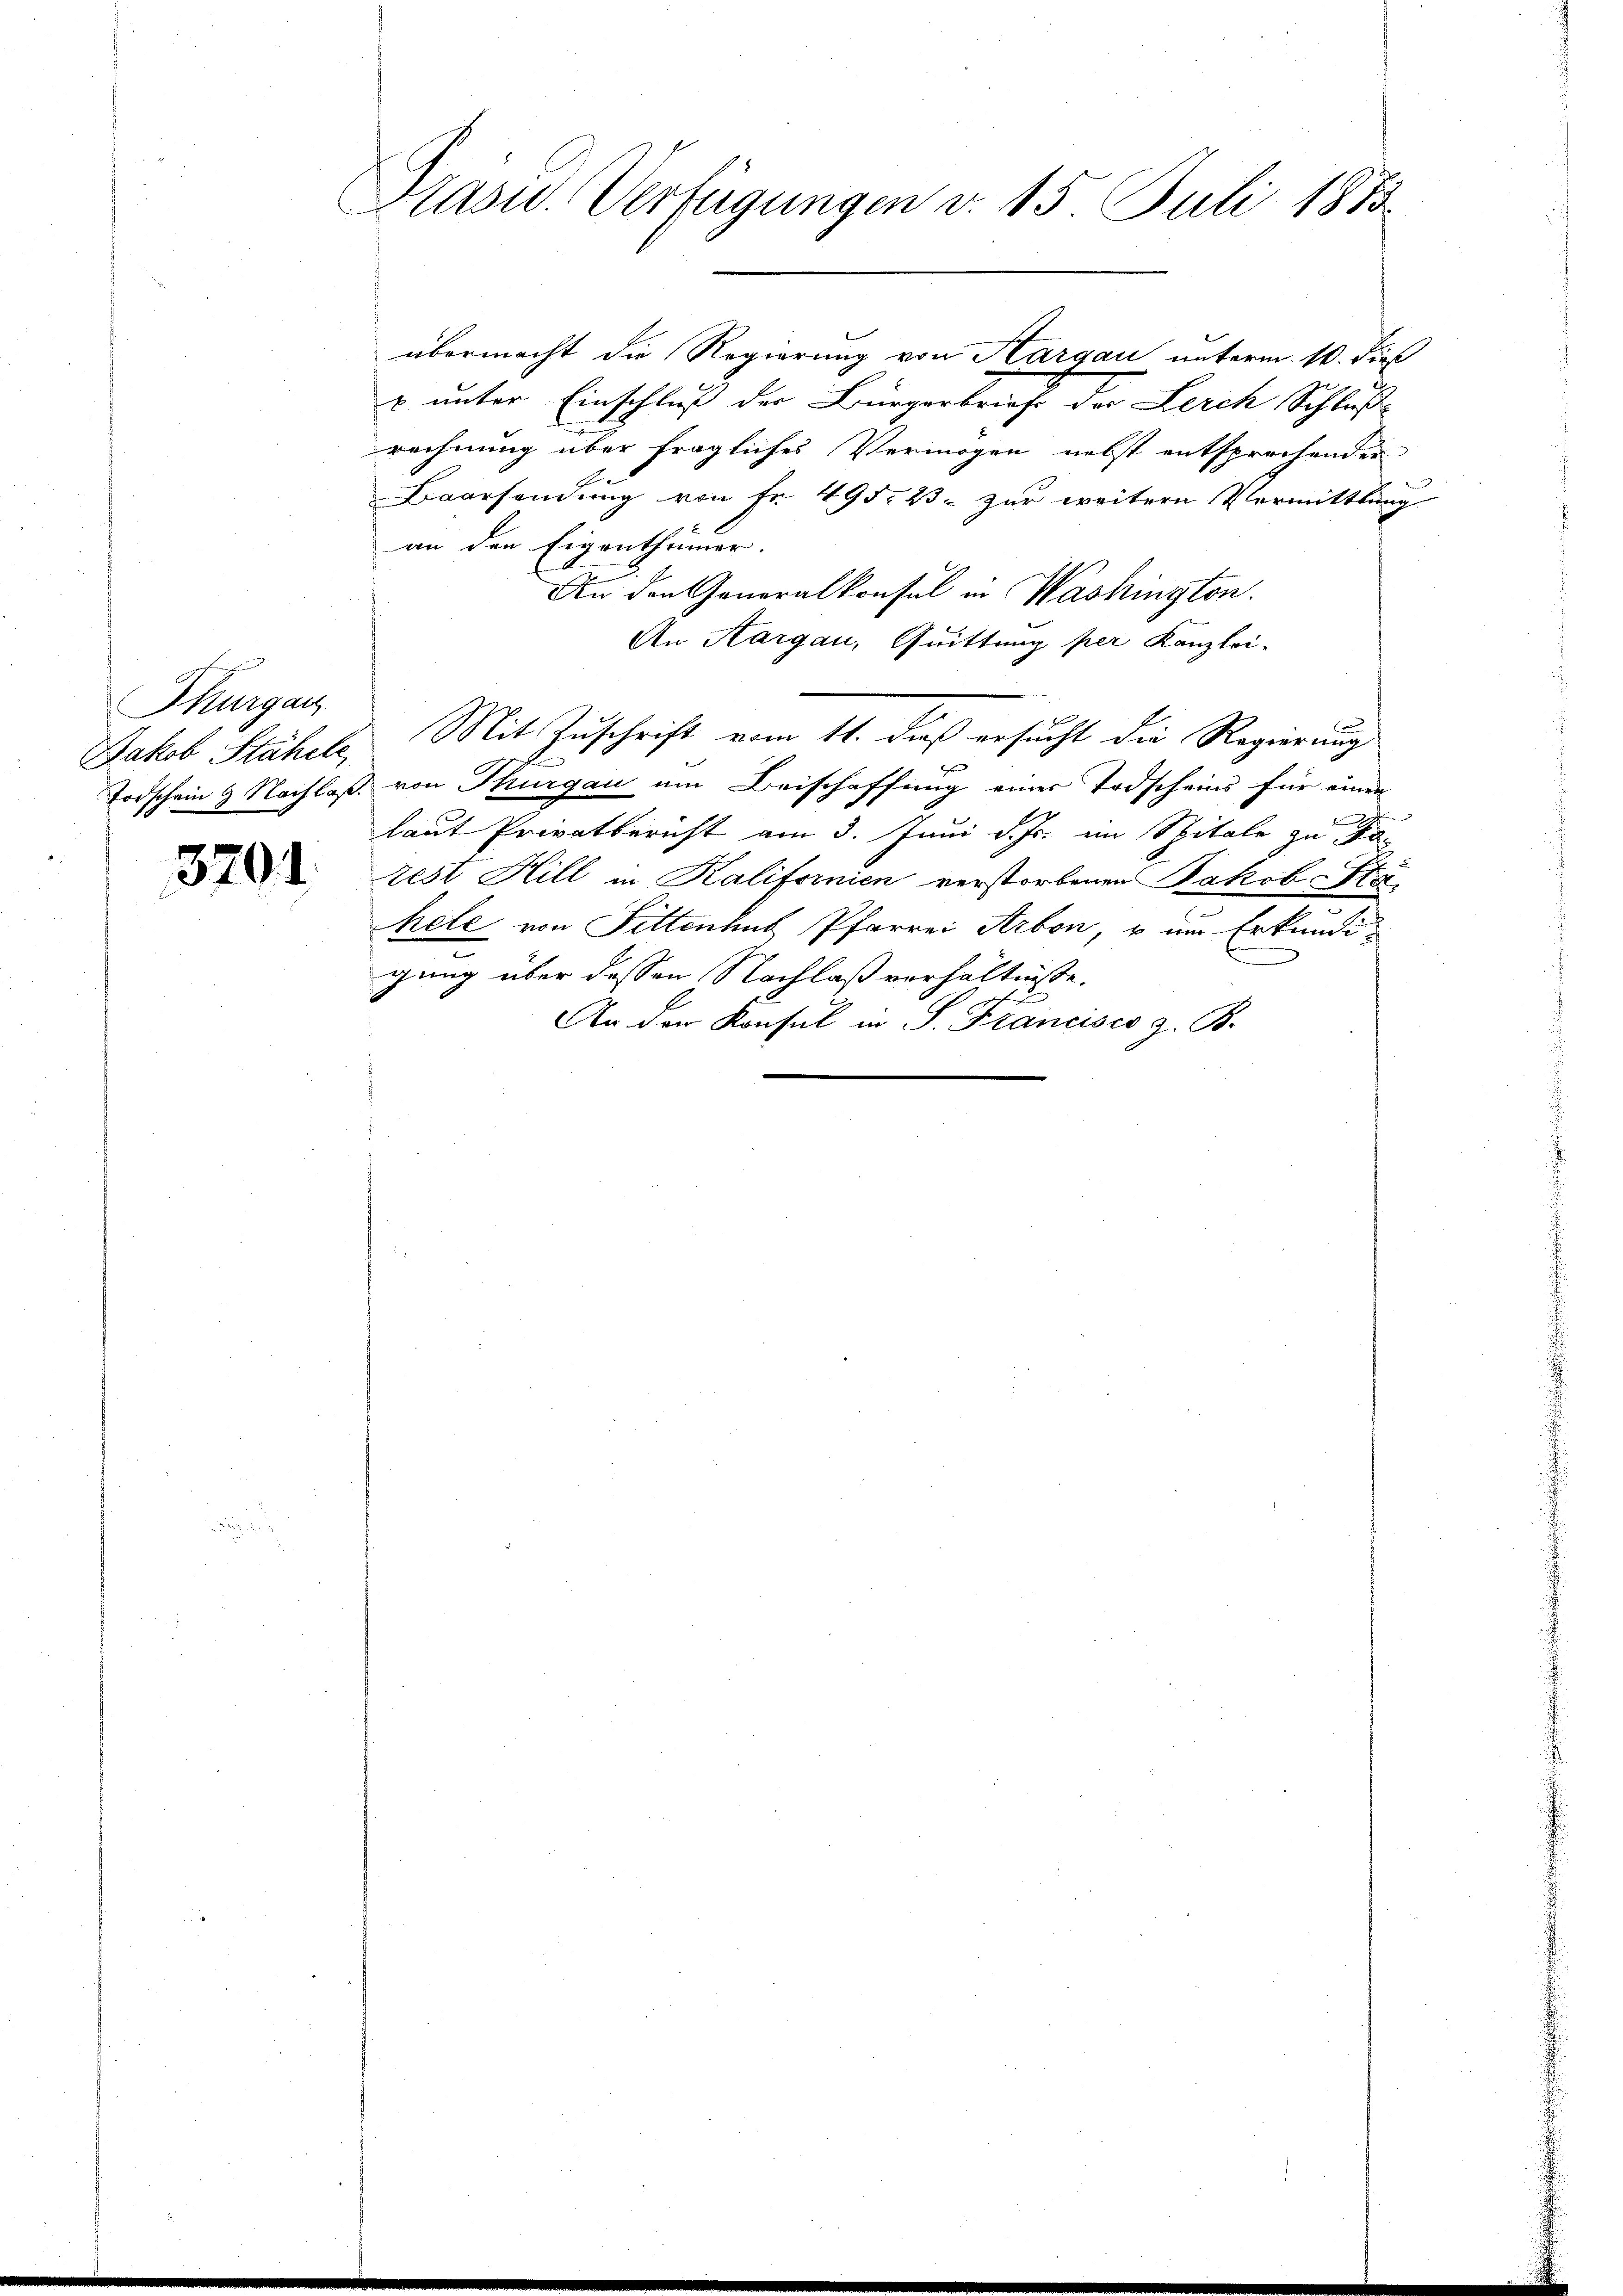
Thurgau

3791.

Präsid. Verfügungen v. 15. Juli 1813.

übermacht die Regierung von Aargau unterm 10. dieß
u unter Einschluß der Bürgerbrief der Lerch Schlußrechnung über fragliches Vermögen nebst entsprechender
Baarsendung von Fr. 495. 23 - zur weitere Vermittlung
an den Eigenthümer.
An den Generalkonsul in Washington.
An Aargau, Quittung per Kanzlei-
Jakob Stähele Mit Zuschrift vom 11. daß ersucht die Regierung
E
Todschein 9 Nachlaß von Thurgau um Beischaffung einer Todscheins für einen
laut Privatbericht am 3. Juni d. Js. im Spitale zu ko
rest Hill in Kalifornien verstorbenen Jakob Klähele von Sittenhub Pfarrei Arbon, u. um Erkundigung über dessen Nachlaß verhältnisse.
An der Konsul in S. Francisco z. B.